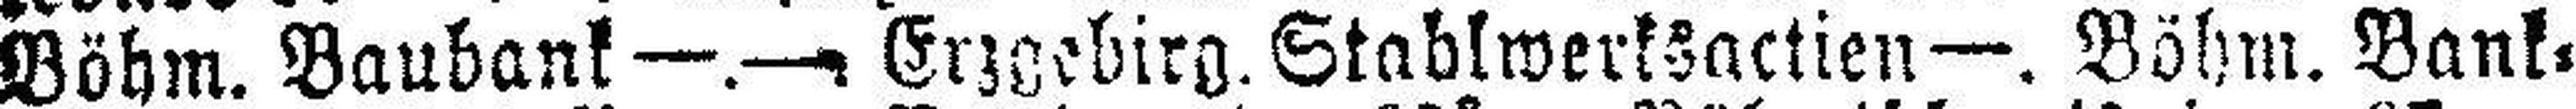
Böhm. Baubank —.— Erzgebirg. Stablwerksactien—. Böhm. Bank¬